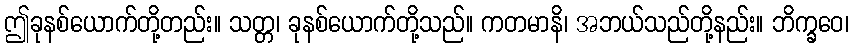
ဤခုနစ်ယောက်တို့တည်း။ သတ္တ၊ ခုနစ်ယောက်တို့သည်။ ကတမာနိ၊ အဘယ်သည်တို့နည်း။ ဘိက္ခဝေ၊